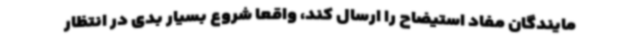
مایندگان مفاد استیضاح را ارسال کند، واقعا شروع بسیار بدی در انتظار